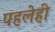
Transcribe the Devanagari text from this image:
पहलेही